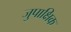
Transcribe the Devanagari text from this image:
जुपाक्षिक